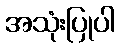
အသုံးပြုပါ